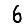
Digit: 6